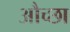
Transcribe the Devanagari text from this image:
औच्छा